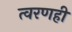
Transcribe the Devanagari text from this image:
त्वरणही